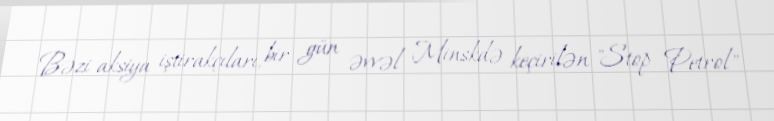
Bəzi aksiya iştirakçıları, bir gün əvvəl Minskdə keçirilən "Stop Petrol"